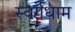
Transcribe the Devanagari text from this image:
स्वर्गधाम